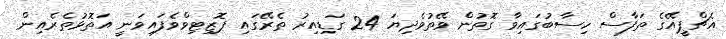
އެޗްޕީއޭގެ ތަފާސް ހިސާބުގައިވާ ގޮތުން ވޭތުވެދިޔަ 24 ގަޑިއިރު ތެރޭގައި ޕޮޒިޓިވްވެފައިވަނީ އަތޮޅުތެރެއިން